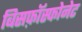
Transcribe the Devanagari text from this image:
बिसफ़ॉस्फोनेट